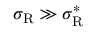
\sigma _ { \mathrm { { R } } } \gg \sigma _ { \mathrm { { R } } } ^ { * }